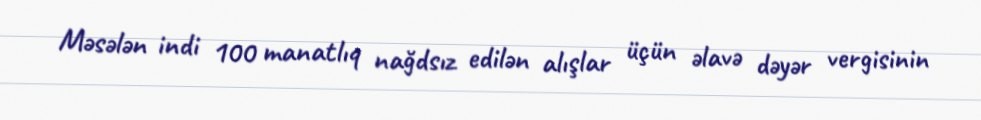
Məsələn indi 100 manatlıq nağdsız edilən alışlar üçün əlavə dəyər vergisinin